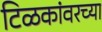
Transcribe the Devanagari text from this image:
टिळकांवरच्या